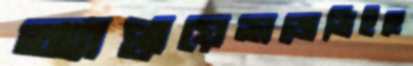
অ্যাপ্লায়েন্সজেভিইহে